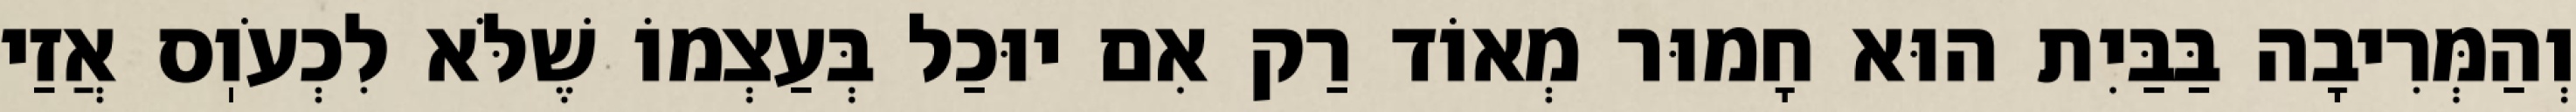
וְהַמְּרִיבָה בַּבַּיִת הוּא חָמוּר מְאוֹד רַק אִם יוּכַל בְּעַצְמוֹ שֶׁלֹּא לִכְעֹוֽס אֲזַי